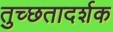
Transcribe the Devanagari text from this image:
तुच्छतादर्शक